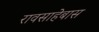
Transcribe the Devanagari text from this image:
रावसाहेबास